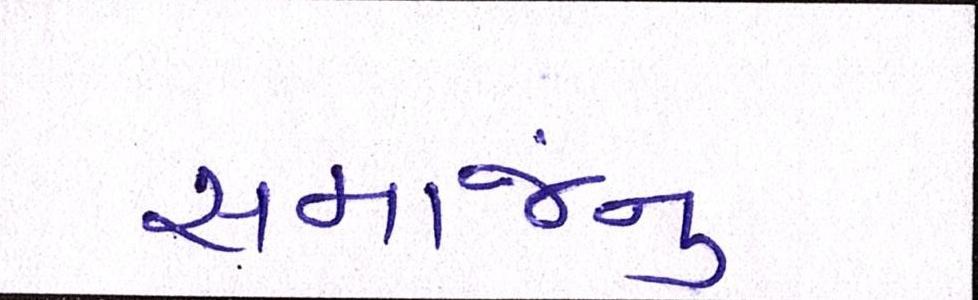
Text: સમાજનું